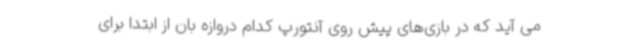
می آید که در بازی‌های پیش روی آنتورپ کدام دروازه بان از ابتدا برای